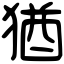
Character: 猶